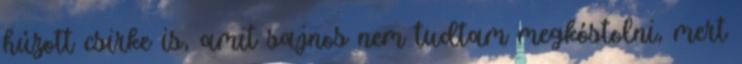
húzott csirke is, amit sajnos nem tudtam megkóstolni, mert